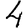
Digit: 4